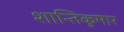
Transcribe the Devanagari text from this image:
शान्तिकुमार